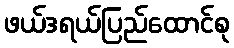
ဖယ်ဒရယ်ပြည်ထောင်စု